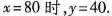
$$x = 8 0$$时，$$y = 4 0$$.